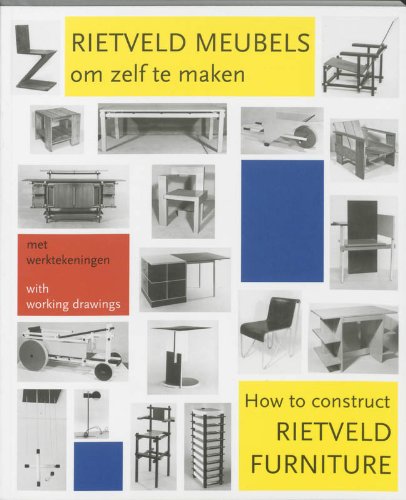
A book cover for How to Construct Rietveld Furniture (Dutch Edition); Peter Drijver; Crafts, Hobbies & Home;